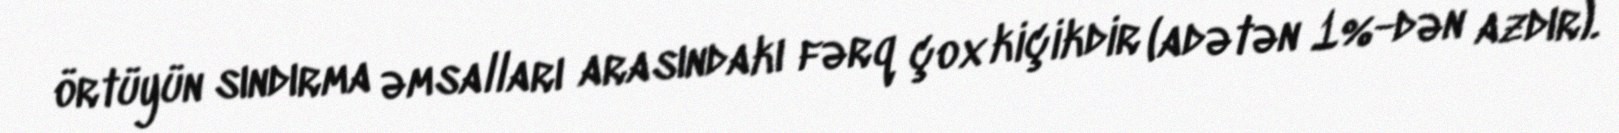
örtüyün sındırma əmsalları arasındakı fərq çox kiçikdir (adətən 1%-dən azdır).